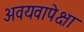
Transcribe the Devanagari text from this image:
अवयवापेक्षा